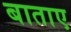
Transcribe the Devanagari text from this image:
बाताए